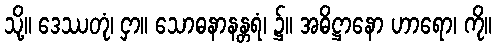
သို့။ ဒေဿတုံ၊ ငှာ။ သောဓနာနန္တရံ၊ ၌။ အဓိဋ္ဌာနော ဟာရော၊ ကို။